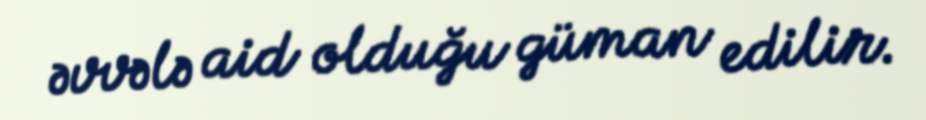
əvvələ aid olduğu güman edilir.